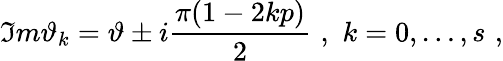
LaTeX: \Im m\vartheta_{k}=\vartheta\pm i\frac{\pi(1-2kp)}{2}\, \, ,\, \, k=0,\ldots,s\, \, ,